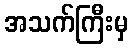
အသက်ကြီးမှ